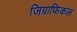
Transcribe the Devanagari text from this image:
जिग्राफिकल